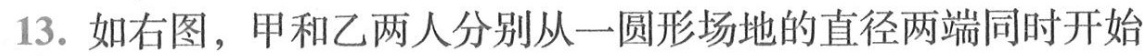
13.如右图，甲和乙两人分别从一圆形场地的直径两端同时开始